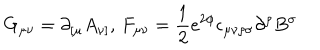
LaTeX: G _ { \mu \nu } = \partial _ { [ \mu } A _ { \nu ] } , \, F _ { \mu \nu } = \frac { 1 } { 2 } e ^ { 2 \phi } \epsilon _ { \mu \nu \rho \sigma } \partial ^ { \rho } B ^ { \sigma }